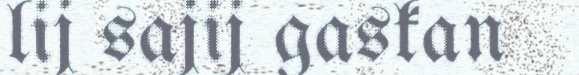
lij sajij gaskan